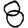
Digit: 8